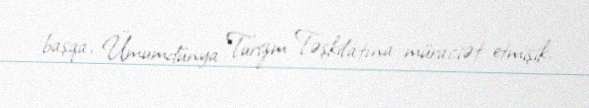
başqa, Ümumdünya Turizm Təşkilatına müraciət etmişik.